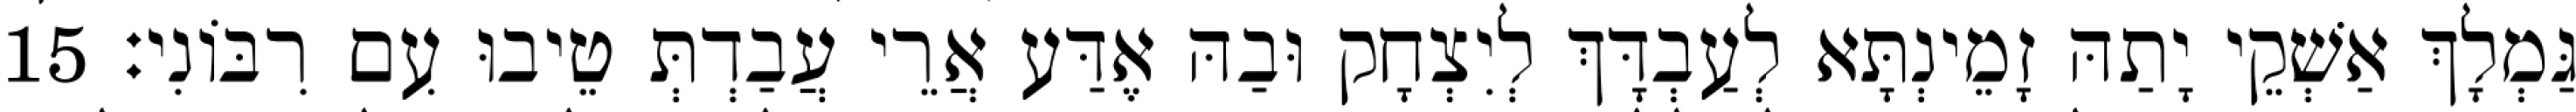
גַּמְלָךְ אַשְׁקֵי יָתַהּ זָמֵינְתָּא לְעַבְדָּךְ לְיִצְחָק וּבַהּ אֶדַּע אֲרֵי עֲבַדְתְּ טֵיבוּ עִם רִבּוֹנִי׃ 15